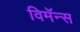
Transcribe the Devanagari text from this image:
विमॅन्स